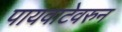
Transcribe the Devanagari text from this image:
पायवाटेवरुन